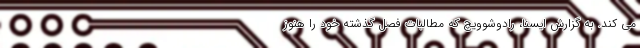
می کند. به گزارش ایسنا، رادوشوویچ که مطالبات فصل گذشته خود را هنوز